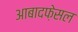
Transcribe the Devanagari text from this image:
आबादफ़ेसल